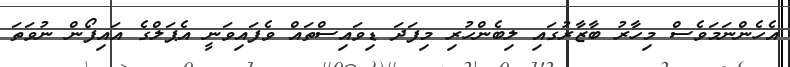
އެހެންނަމަވެސް މިހާރު ބާޒާރުގައި ލިބެންހުރި މިފަދަ ޑިވައިސްތައް ވެފައިވަނީ އެޕަލްގެ އައިފޯން ނުވަތަ